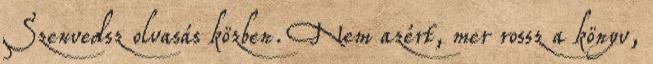
Szenvedsz olvasás közben. Nem azért, mer rossz a könyv,